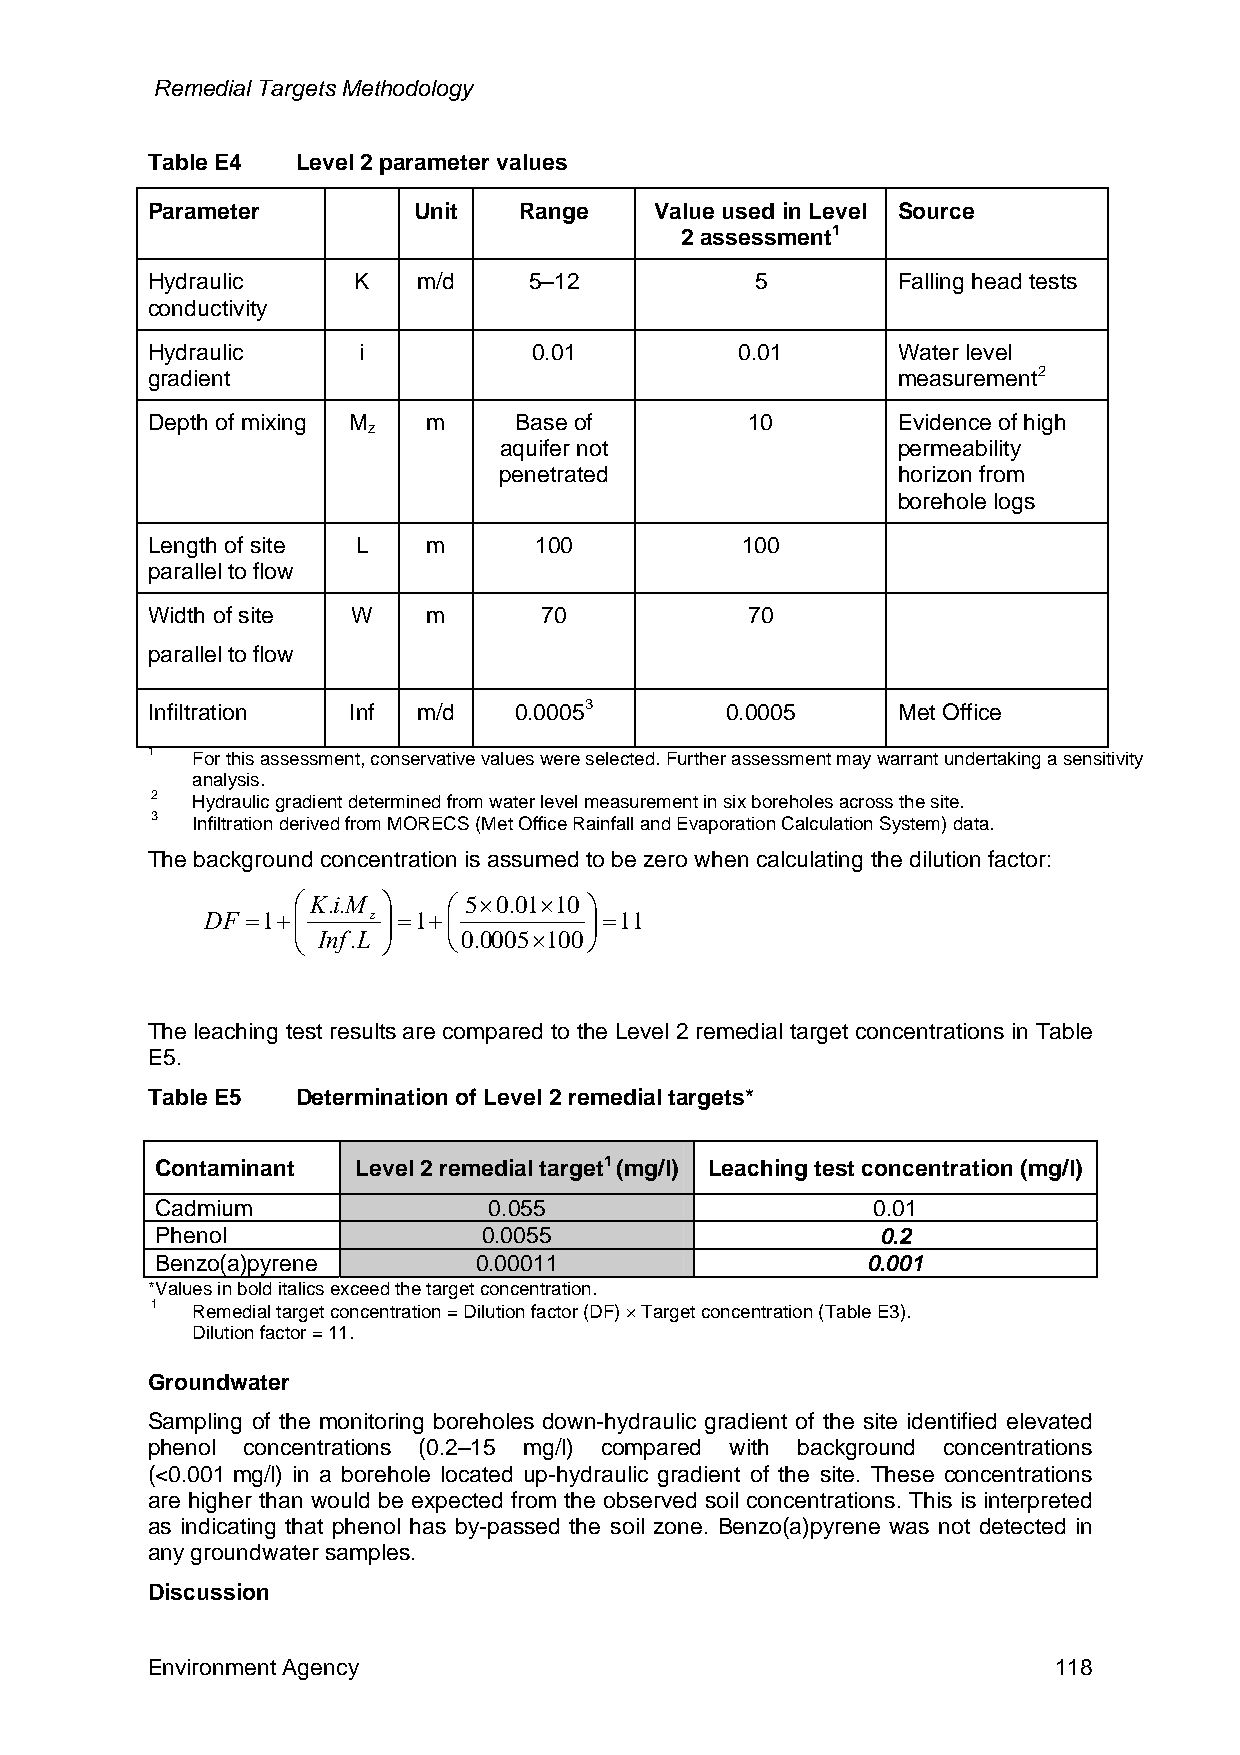
Remedial Targets Methodology
 Table E4  Level 2 parameter values
 Parameter        Unit   Range    Value used in Level Source
 2 assessment1
 Hydraulic    K    m/d    5–12           5        Falling head tests
 conductivity
 Hydraulic     i          0.01          0.01      Water level
 gradient                                         measurement2
 Depth of mixing M m     Base of         10       Evidence of high
 z
 aquifer not               permeability
 penetrated                horizon from
 borehole logs
 Length of site L  m      100           100
 parallel to flow
 Width of site W   m       70            70
 parallel to flow
 Infiltration Inf  m/d   0.00053       0.0005     Met Office
 1  For this assessment, conservative values were selected. Further assessment may warrant undertaking a sensitivity
 analysis.
 2  Hydraulic gradient determined from water level measurement in six boreholes across the site.
 3  Infiltration derived from MORECS (Met Office Rainfall and Evaporation Calculation System) data.
 The background concentration is assumed to be zero when calculating the dilution factor:
 ⎛K.i.M ⎞   ⎛ 5×0.01×10 ⎞
 DF =1+⎜   z ⎟=1+⎜        ⎟=11
 ⎜     ⎟
 ⎝ Inf.L ⎠  ⎝0.0005×100⎠
 The leaching test results are compared to the Level 2 remedial target concentrations in Table
 E5.
 Table E5  Determination of Level 2 remedial targets*
 Contaminant   Level 2 remedial target1 (mg/l) Leaching test concentration (mg/l)
 Cadmium               0.055                     0.01
 Phenol                0.0055                    0.2
 Benzo(a)pyrene       0.00011                   0.001
 *Values in bold italics exceed the target concentration.
 1  Remedial target concentration = Dilution factor (DF) × Target concentration (Table E3).
 Dilution factor = 11.
 Groundwater
 Sampling of the monitoring boreholes down-hydraulic gradient of the site identified elevated
 phenol concentrations (0.2–15 mg/l) compared with background concentrations
 (<0.001 mg/l) in a borehole located up-hydraulic gradient of the site. These concentrations
 are higher than would be expected from the observed soil concentrations. This is interpreted
 as indicating that phenol has by-passed the soil zone. Benzo(a)pyrene was not detected in
 any groundwater samples.
 Discussion
 Environment Agency                                          118